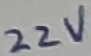
Text: 22V